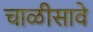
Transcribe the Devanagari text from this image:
चाळीसावे